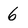
Character: 6